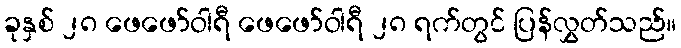
ခုနှစ် ၂၈ ဖေဖော်ဝါရီ ဖေဖော်ဝါရီ ၂၈ ရက်တွင် ပြန်လွှတ်သည်။